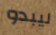
ليبدو